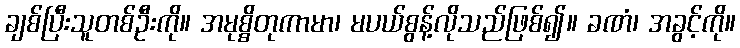
ချစ်ပြီးသူတစ်ဦးကို။ အမုစ္စိတုကာမာ၊ မပယ်စွန့်လိုသည်ဖြစ်၍။ ခဏံ၊ အခွင့်ကို။